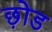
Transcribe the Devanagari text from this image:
छ़ोड